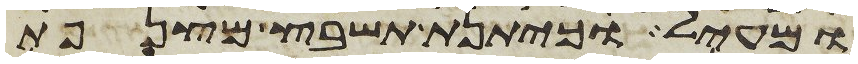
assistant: ומעיל כיתנת תשבץ מצנפת